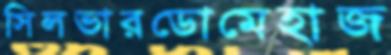
সিলভারডোমেহাজ